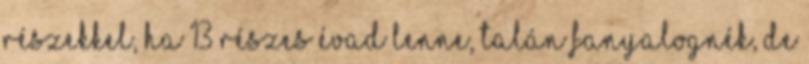
részekkel, ha 13 részes évad lenne, talán fanyalognék, de